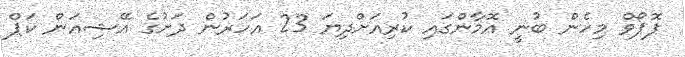
ޕޮޕޯވް މިހެން ބުނީ އޮމާންގައި ކުރިއަށްދިޔަ 23 އަހަރުން ދަށުގެ އޭޝިއަން ކަޕް